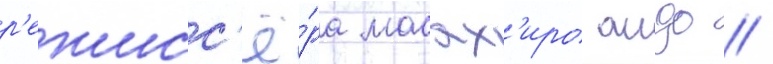
р'ежисс'ё́ра масах'иро андо //